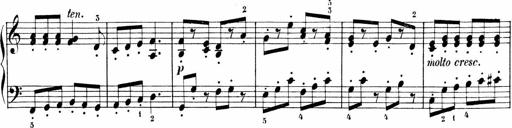
Title: Sonatinen Op.47, 98 und 136, nebst 6 Liedersonatinen
Composer: Carl Reinecke